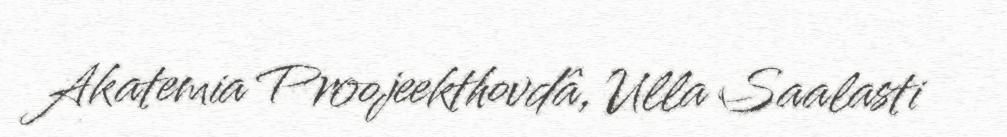
Akatemia Proojeekthovdâ, Ulla Saalasti